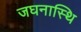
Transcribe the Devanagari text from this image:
जघनास्थि